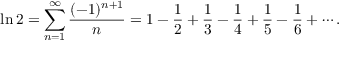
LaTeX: \ln 2 = \sum _ { n = 1 } ^ { \infty } { \frac { ( - 1 ) ^ { n + 1 } } { n } } = 1 - { \frac { 1 } { 2 } } + { \frac { 1 } { 3 } } - { \frac { 1 } { 4 } } + { \frac { 1 } { 5 } } - { \frac { 1 } { 6 } } + \cdots .